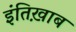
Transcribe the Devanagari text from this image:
इंतिख़ाब